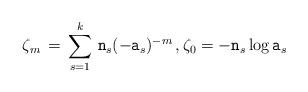
LaTeX: \begin{align*} \zeta_m\,=\,\sum_{s=1}^k\,\texttt{n}_s (-\texttt{a}_s)^{-m}\,,\zeta_0=-\texttt{n}_s\log \texttt{a}_s\end{align*}